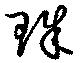
珠